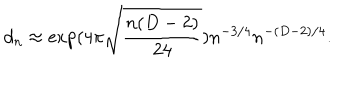
d _ { n } \approx \exp ( 4 \pi \sqrt { \frac { n ( D - 2 ) } { 2 4 } } ) n ^ { - 3 / 4 } n ^ { - ( D - 2 ) / 4 } .